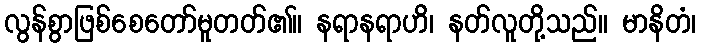
လွန်စွာဖြစ်စေတော်မူတတ်၏။ နရာနရာဟိ၊ နတ်လူတို့သည်။ မာနိတံ၊